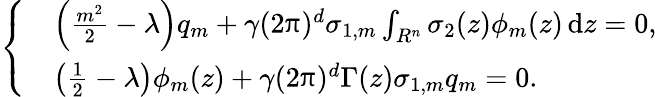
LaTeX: \left\{ \begin{array}{rl}&{\left(\frac{m^{2}}{2}-\lambda\right)q_{m}+\gamma(2\uppi)^{d}\sigma_{1,m}\int_{R^{n}}\sigma_{2}(z)\phi_{m}(z)\, {\mathrm{d}}z=0,}\\ &{\left(\frac{1}{2}-\lambda\right)\phi_{m}(z)+\gamma(2\uppi)^{d}\Gamma(z)\sigma_{1,m}q_{m}=0.}\end{array}\right.